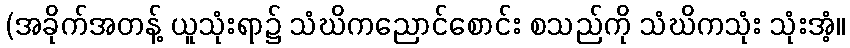
(အခိုက်အတန့် ယူသုံးရာ၌ သံဃိကညောင်စောင်း စသည်ကို သံဃိကသုံး သုံးအံ့။